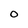
Character: O